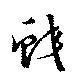
鮫